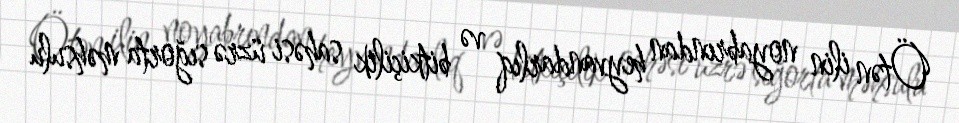
Ötən ilin noyabrından heyvandarlıq və bitkiçilik sahəsi üzrə sığorta məhsulu